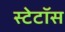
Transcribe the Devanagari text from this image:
स्टेटॉस